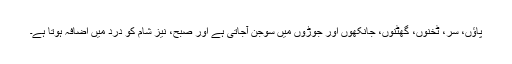
پاؤں، سر، ٹخنوں، گھٹنوں، جانکھوں اور جوڑوں میں سوجن آجاتی ہے اور صبح، نیز شام کو درد میں اضافہ ہوتا ہے۔